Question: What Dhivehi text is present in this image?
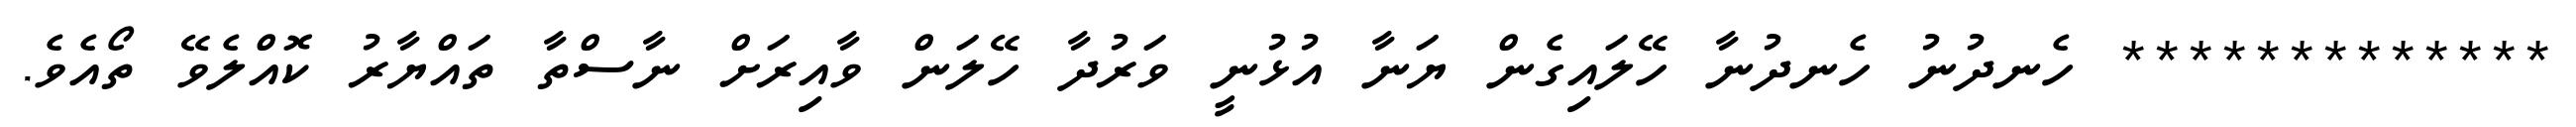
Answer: ************* ހެނދުނު ހެނދުނާ ހޭލައިގެން ޔަނާ އުޅުނީ ވަރުދާ ހޭލަން ވާއިރަށް ނާސްތާ ތައްޔާރު ކޮއްލެވޭ ތޯއެވެ.